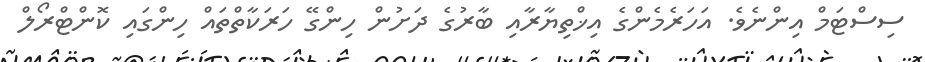
ސިސްޓަމް އިންނެވެ. އަހަރެމެންގެ އިޚްތިޔާރާއި ބާރުގެ ދަށުން ހިންގޭ ހަރަކާތްތައް ހިންގައި ކޮންޓްރޯލް